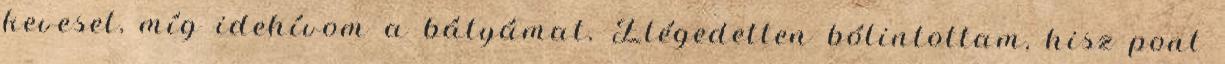
keveset, míg idehívom a bátyámat. Elégedetten bólintottam, hisz pont